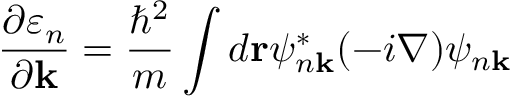
{ \frac { \partial \varepsilon _ { n } } { \partial \mathbf { k } } } = { \frac { \hbar ^ { 2 } } { m } } \int d \mathbf { r } \psi _ { n \mathbf { k } } ^ { * } ( - i \nabla ) \psi _ { n \mathbf { k } }